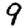
Digit: 9